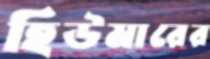
হিউমারের